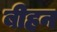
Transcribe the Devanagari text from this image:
बीहन